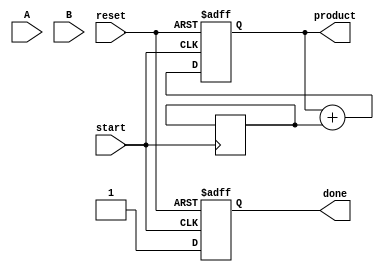
module VariableLengthWallaceTreeMultiplier #(
    parameter MAX_WIDTH_A = 16, // Maximum width for operand A
    parameter MAX_WIDTH_B = 16  // Maximum width for operand B
)(
    input [MAX_WIDTH_A-1:0] A, // Operand A
    input [MAX_WIDTH_B-1:0] B, // Operand B
    input start,                // Start signal
    input reset,               // Reset signal
    output reg [MAX_WIDTH_A + MAX_WIDTH_B - 1:0] product, // Final product
    output reg done            // Done signal
);

    reg [MAX_WIDTH_A + MAX_WIDTH_B - 1:0] partial_products [0:MAX_WIDTH_A + MAX_WIDTH_B - 1];
    reg [MAX_WIDTH_A + MAX_WIDTH_B - 1:0] stage1_sums [0:MAX_WIDTH_A + MAX_WIDTH_B - 1];
    reg [MAX_WIDTH_A + MAX_WIDTH_B - 1:0] stage2_sums [0:MAX_WIDTH_A + MAX_WIDTH_B - 1];
    integer i, j, k;

    always @(posedge start or posedge reset) begin
        if (reset) begin
            product <= 0;
            done <= 0;
        end else begin
            // Step 1: Generate partial products
            for (i = 0; i < MAX_WIDTH_A; i = i + 1) begin
                for (j = 0; j < MAX_WIDTH_B; j = j + 1) begin
                    partial_products[i + j] <= A[i] & B[j];
                end
            end

            // Step 2: Wallace Tree Reduction
            // Stage 1: Group partial products and reduce using full adders
            k = 0;
            for (i = 0; i < MAX_WIDTH_A + MAX_WIDTH_B; i = i + 3) begin
                if (i + 2 < MAX_WIDTH_A + MAX_WIDTH_B) begin
                    {stage1_sums[k + 1], stage1_sums[k]} <= partial_products[i] + partial_products[i + 1] + partial_products[i + 2];
                end else if (i + 1 < MAX_WIDTH_A + MAX_WIDTH_B) begin
                    stage1_sums[k] <= partial_products[i] + partial_products[i + 1];
                end else begin
                    stage1_sums[k] <= partial_products[i];
                end
                k = k + 1;
            end

            // Stage 2: Further reduce with Carry-Save Adders
            // (For simplicity, this example assumes a basic addition)
            k = 0;
            for (i = 0; i < MAX_WIDTH_A + MAX_WIDTH_B; i = i + 2) begin
                if (i + 1 < MAX_WIDTH_A + MAX_WIDTH_B) begin
                    stage2_sums[k] <= stage1_sums[i] + stage1_sums[i + 1];
                end else begin
                    stage2_sums[k] <= stage1_sums[i];
                end
                k = k + 1;
            end

            // Final addition to get the product
            product <= 0;
            for (i = 0; i < MAX_WIDTH_A + MAX_WIDTH_B; i = i + 1) begin
                product <= product + stage2_sums[i];
            end

            done <= 1; // Signal that multiplication is done
        end
    end
endmodule